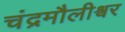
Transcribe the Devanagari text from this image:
चंद्रमौलीश्वर